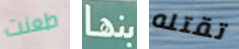
طعنت بنها تقتله